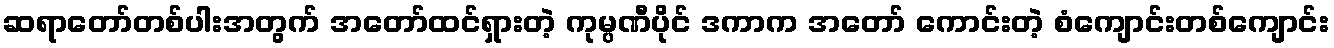
ဆရာတော်တစ်ပါးအတွက် အတော်ထင်ရှားတဲ့ ကုမ္ပဏီပိုင် ဒကာက အတော် ကောင်းတဲ့ စံကျောင်းတစ်ကျောင်း